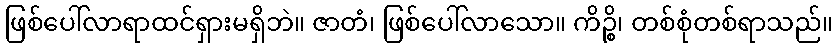
ဖြစ်ပေါ်လာရာထင်ရှားမရှိဘဲ။ ဇာတံ၊ ဖြစ်ပေါ်လာသော။ ကိဉ္စိ၊ တစ်စုံတစ်ရာသည်။